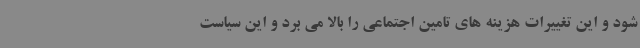
شود و این تغییرات هزینه های تامین اجتماعی را بالا می برد و این سیاست